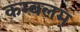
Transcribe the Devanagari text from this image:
कम्बलम्